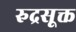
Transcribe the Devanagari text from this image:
रुद्रसूक्त